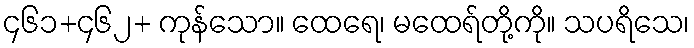
၄၆၁+၄၆၂+ ကုန်သော။ ထေရေ၊ မထေရ်တို့ကို။ သပရိသေ၊